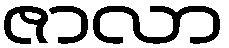
ဇာလာ